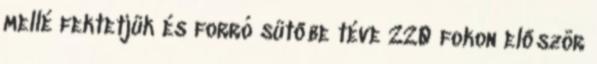
mellé fektetjük és forró sütőbe téve 220 fokon először